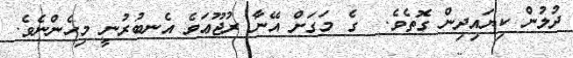
ދުލުން ކިޔައިދިން ގޮތެވެ.  ގެ މަގަށް އޭނާ ރުޖޫޢަވެ އެނބުރުނީ މިހެންނެވެ.